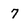
Character: 7